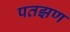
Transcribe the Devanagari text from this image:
पतझण